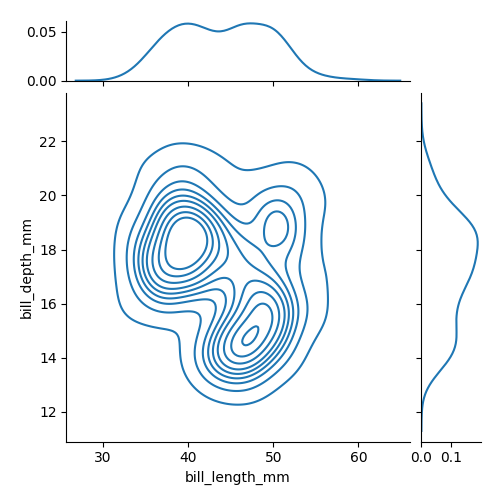
python, seaborn, jointplot, kind='kde', height='5', ratio='5', marginal_ticks='True'